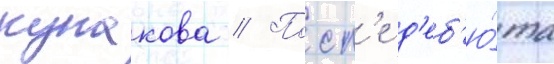
кунакова // Посл'е д'еб'ю́та